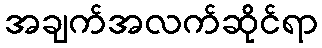
အချက်အလက်ဆိုင်ရာ